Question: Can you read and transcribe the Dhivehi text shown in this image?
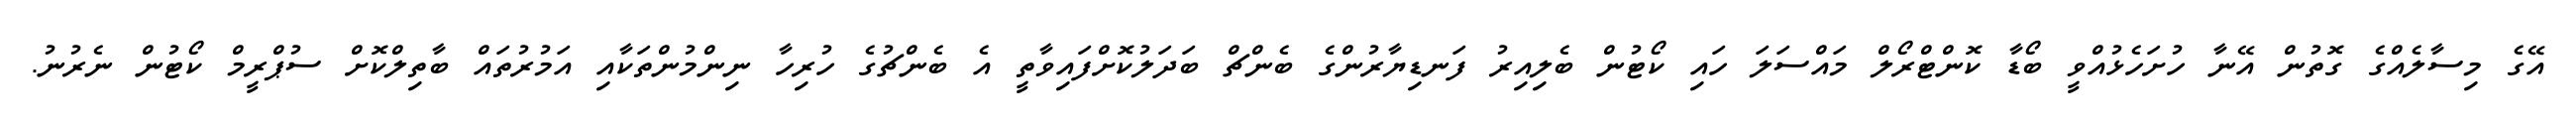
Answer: އޭގެ މިސާލެއްގެ ގޮތުން އޭނާ ހުށަހެޅުއްވީ ބޯޑާ ކޮންޓްރޯލް މައްސަލަ ހައި ކޯޓުން ބެލިއިރު ފަނޑިޔާރުންގެ ބެންޗް ބަދަލުކޮށްފައިވާތީ އެ ބެންޗުގެ ހުރިހާ ނިންމުންތަކާއި އަމުރުތައް ބާތިލްކޮށް ސުޕްރީމް ކޯޓުން ނެރުނު.